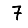
Digit: 7